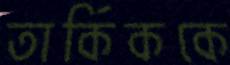
তার্কিককে